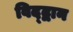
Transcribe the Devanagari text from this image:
विद्द्वान